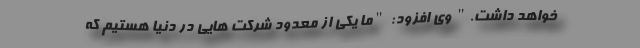
خواهد داشت." وی افزود: "ما یکی از معدود شرکت هایی در دنیا هستیم که